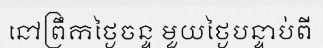
នៅព្រឹកថ្ងៃចន្ទ មួយថ្ងៃបន្ទាប់ពី